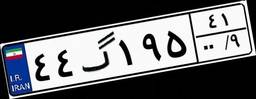
۴۴گ۱۹۵۴۱